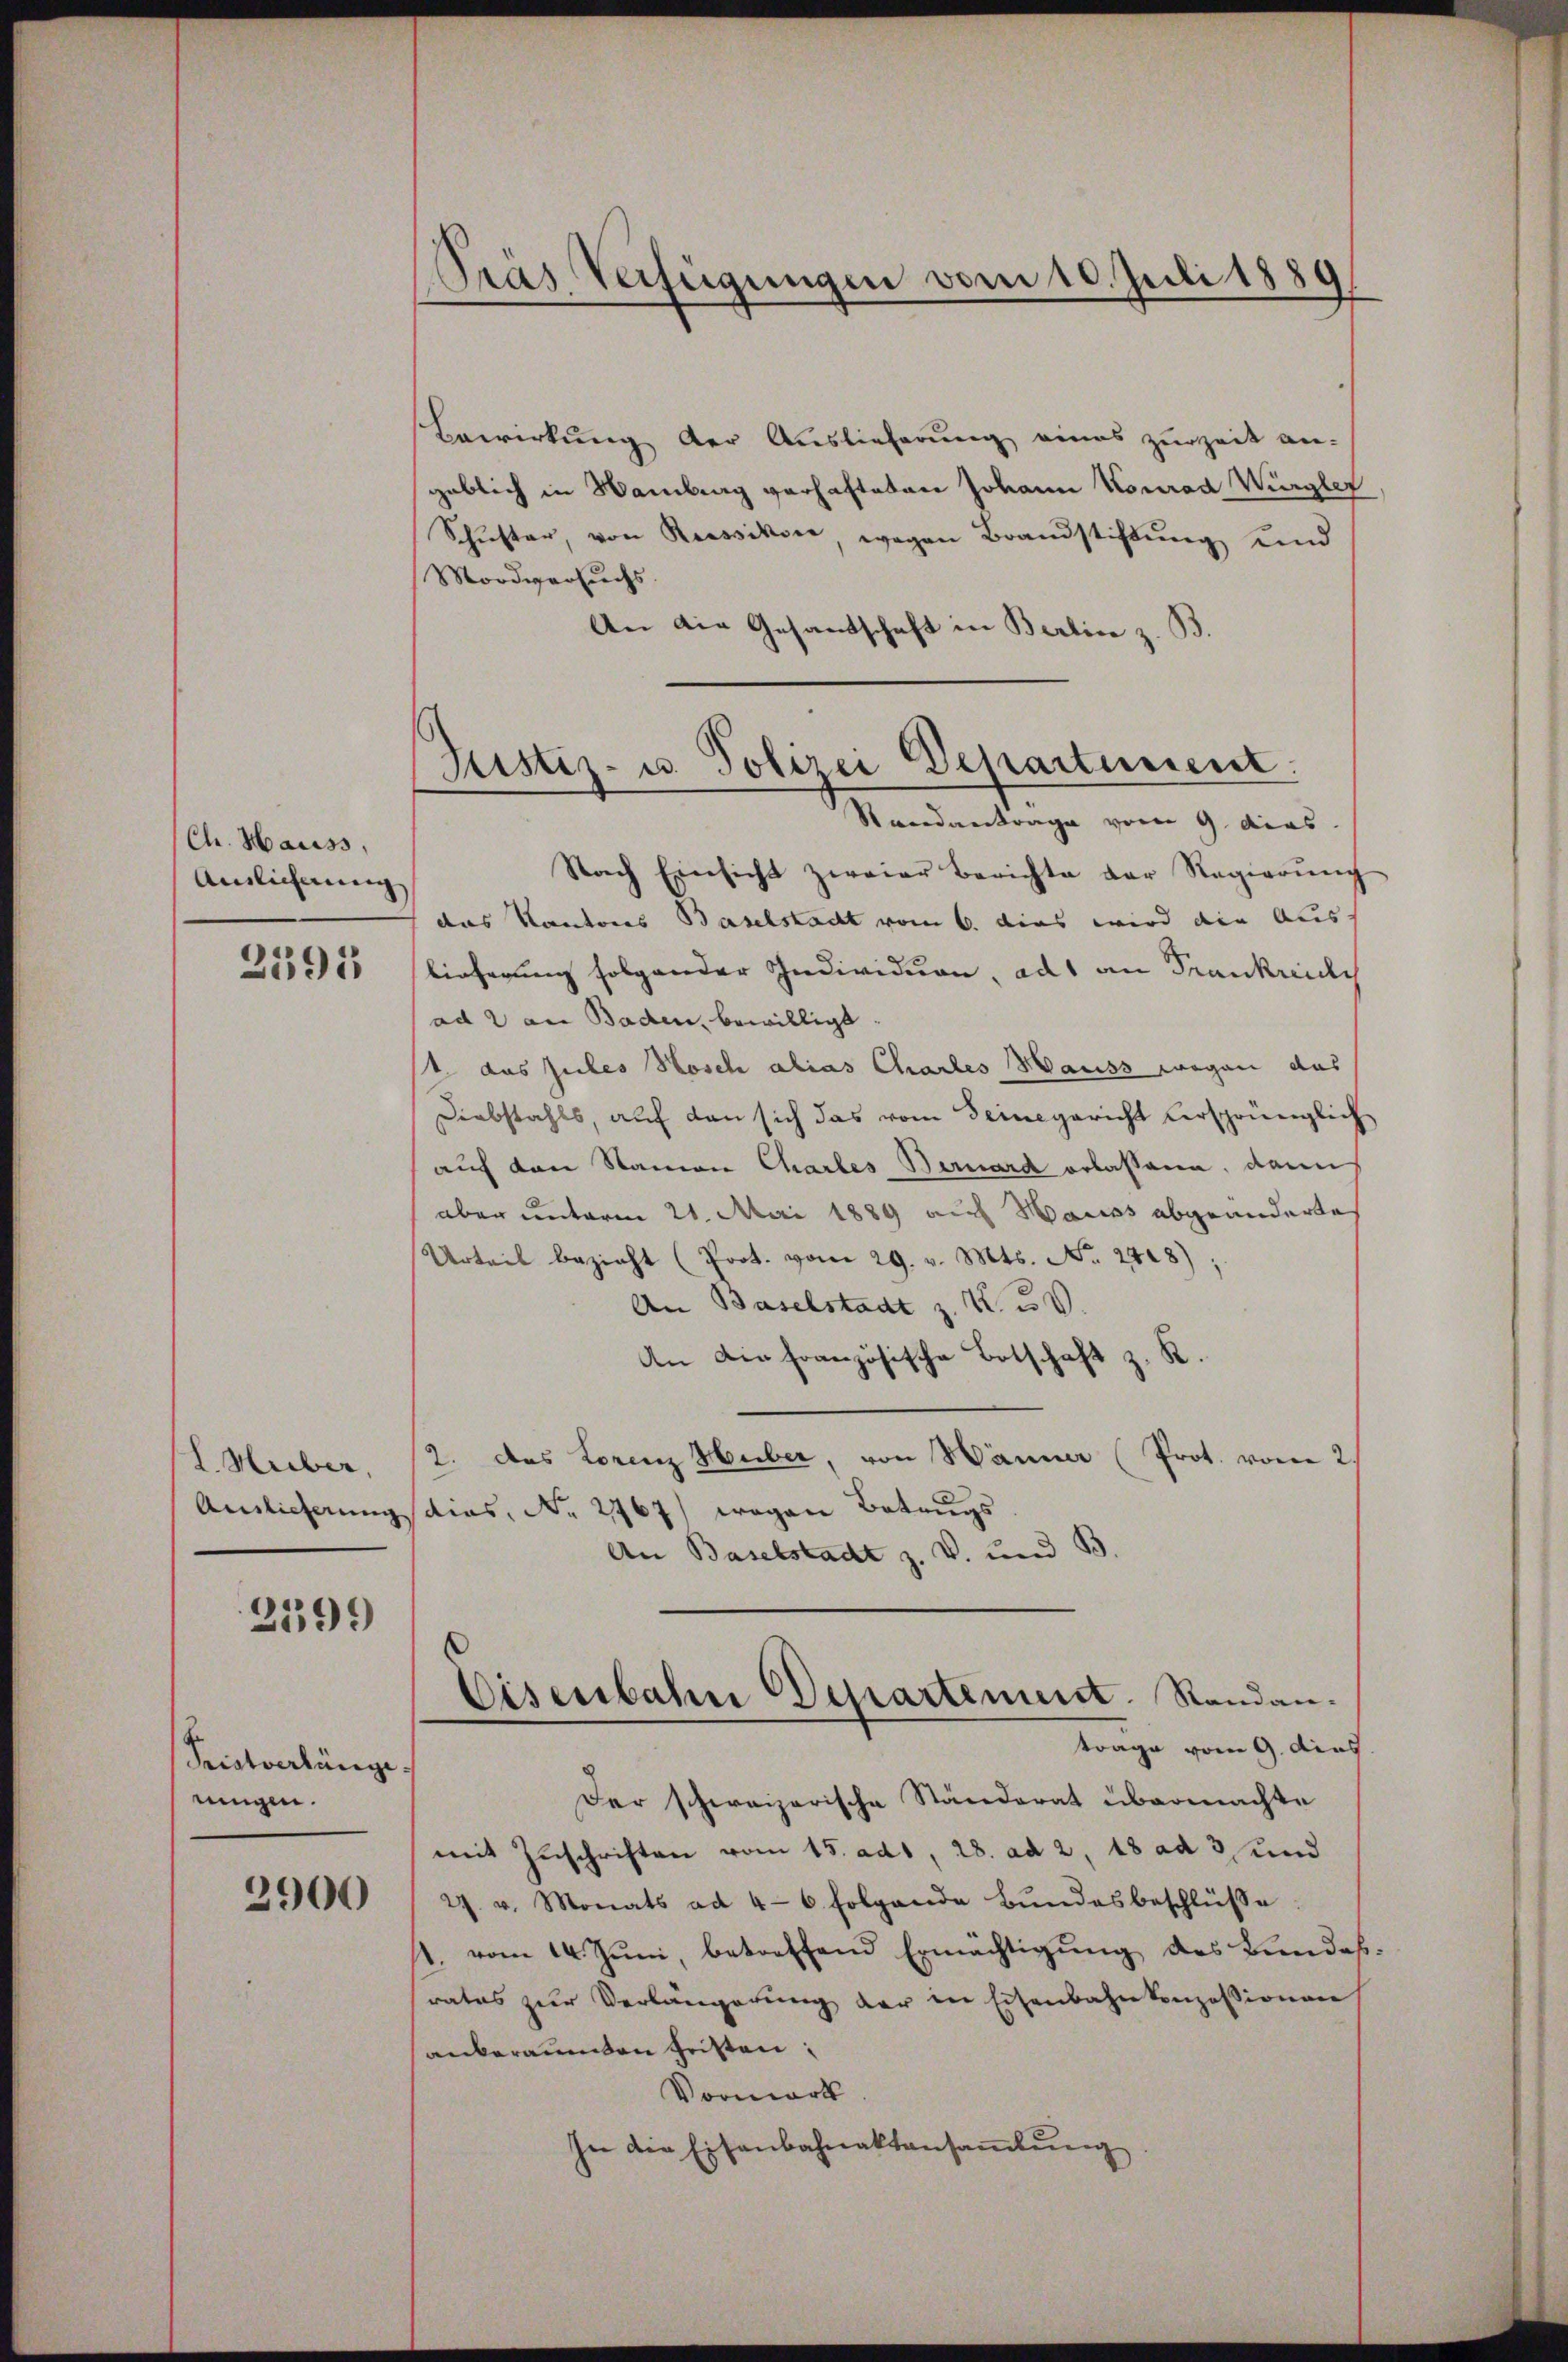
Ch. Hauss,
Auslicherung

2395

L. Huber,

2199

Fristverlänge.
eingen.

2900

Bewirkung der Auslieferung eines zurzeit an-
geblich in Hamburg verhafteten Johann Konrad Wurgler
Schŭster, von Rossikon, wegen Brandstiftŭng und
Mordversuchs.
An die Gesandtschaft in Berlin z. B.

Pras Verfügungen vom 10. Juli 1889

Justiz- u. Polizei Departement.
Standantrage vom 9. dies

Nach Einsicht zweier Berichte der Regierŭng
das Kantons Baselstadt vom 6. dies wird die Aus-
lieferung folgender Individuen, als an Frankreich
ad 2 an Baden, bewilligt.
1 das Gutes Hosch alias Chartes Hauss wegen das
Diebstahls, auf den sich das vom Deinegericht versprünglich
auf den Namen Chartes Bernard erlasseren, dann
aber unterm 21. Mai 1889 auf Hauss abgeänderte
Urteil bezieht (Prot. vom 29. v. Mts. No. 278);
An Baselstadt z. K. V.
An die französische Botschaft z. R.
2. das Lorenz Huber, von Hänner (Prot. vom 2
Auslieferungsdias, No 2767) wegen Betrugs
An Baselstadt z. V. und B.

Eisenbahn Departement. Randantrage vom 9. dies

Der schweizerische Ständerat übermachte
mit Zuschriften vom 15. ad 1, 28. ad 2, 18 ad 3, und
27. v. Monats ad 4-6 folgende Bundesbeschlüße
1. vom 14. Juni, betreffend Ermächtigung des Bundesrates zur Verlängerung der in Eisenbahnkonzessionen
anberaumten heisten:
Vormark
In die Eisenbahnaktansaṁlŭng